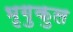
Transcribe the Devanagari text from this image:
भृगुकुल